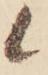
候